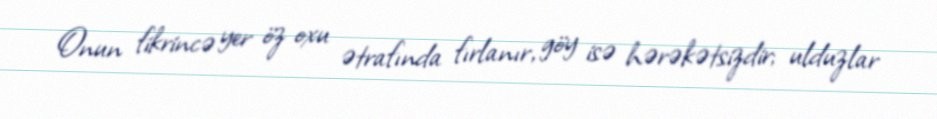
Onun fikrincə yer öz oxu ətrafında fırlanır, göy isə hərəkətsizdir; ulduzlar